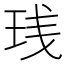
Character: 𬍙